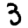
Digit: 3